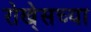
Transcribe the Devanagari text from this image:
रोखे्सच्या